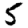
Digit: 5